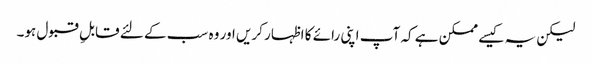
لیکن یہ کیسے ممکن ہے کہ آپ اپنی رائے کا اظہار کریں اور وہ سب کے لئے قابلِ قبول ہو۔